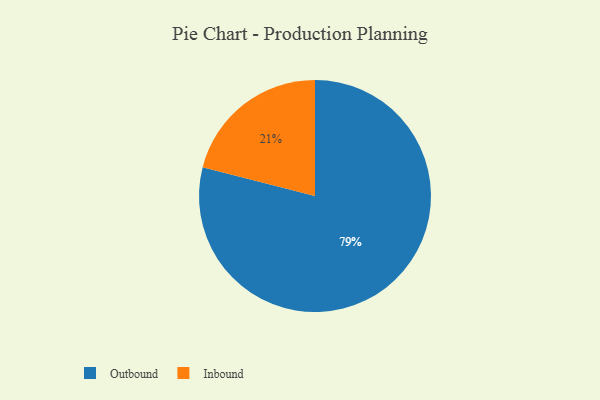
{"axis": {"x": "Category", "y": "Percentage"}, "legend": ["Inbound", "Outbound"], "data": [{"x": "Outbound", "y": 79, "type": "Outbound"}, {"x": "Inbound", "y": 21, "type": "Inbound"}]}